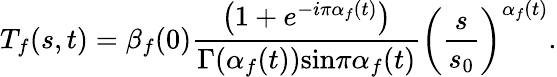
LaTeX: {T}_{f}(s,t)={\beta}_{f}(0){\frac{\left(1+{e}^{-i\pi{\alpha}_{f}(t)}\right)}{\Gamma({\alpha}_{f}(t))\mathrm{sin}\pi{\alpha}_{f}(t)}}\left({{\frac{s}{{s}_{0}}}}\right)^{{\alpha}_{f}(t)}.